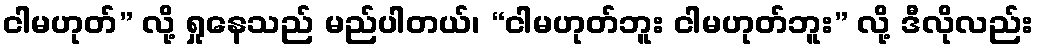
ငါမဟုတ်” လို့ ရှုနေသည် မည်ပါတယ်၊ “ငါမဟုတ်ဘူး ငါမဟုတ်ဘူး” လို့ ဒီလိုလည်း